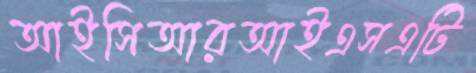
আইসিআরআইএসএটি